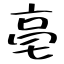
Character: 亳